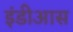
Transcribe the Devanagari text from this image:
इंडीआस